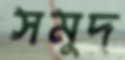
সমুদ্